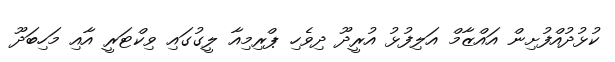
ކުޅުދުއްފުށިން އައްޒާމް އަލިފުޅު އުރީދޫ ދިވެހި ޕްރިމިއާ ލީގުގައި ވިކްޓަރީ އާއި މަހިބަދޫ